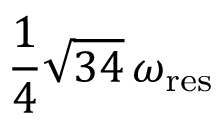
\frac { 1 } { 4 } \sqrt { 3 4 } \, \omega _ { \mathrm { r e s } }